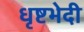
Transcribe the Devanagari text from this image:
धृष्टभेदी